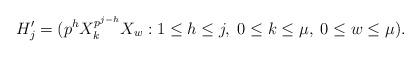
LaTeX: \begin{align*} H_j'=(p^hX_k^{p^{j-h}}X_w:1\le h\le j,\;0\le k\le\mu,\;0\le w\le\mu).\end{align*}